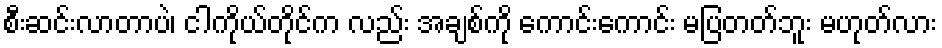
စီးဆင်းလာတာပဲ၊ ငါကိုယ်တိုင်က လည်း အချစ်ကို ကောင်းကောင်း မပြတတ်ဘူး မဟုတ်လား